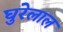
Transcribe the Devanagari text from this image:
घुरेलाल